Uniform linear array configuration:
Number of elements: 64
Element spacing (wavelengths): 1
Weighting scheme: cosine
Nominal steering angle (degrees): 30
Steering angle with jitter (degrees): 30.272
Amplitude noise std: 0.05
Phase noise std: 0.05

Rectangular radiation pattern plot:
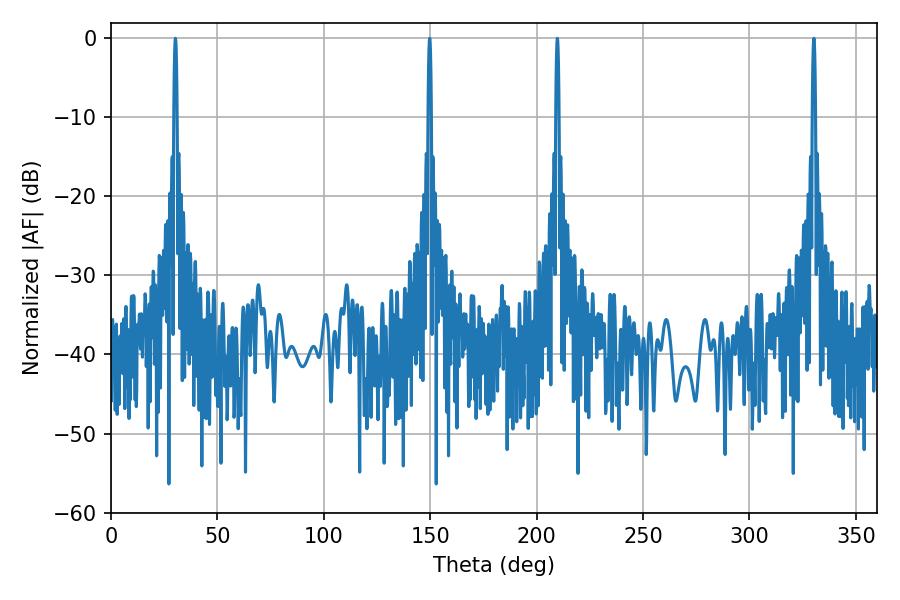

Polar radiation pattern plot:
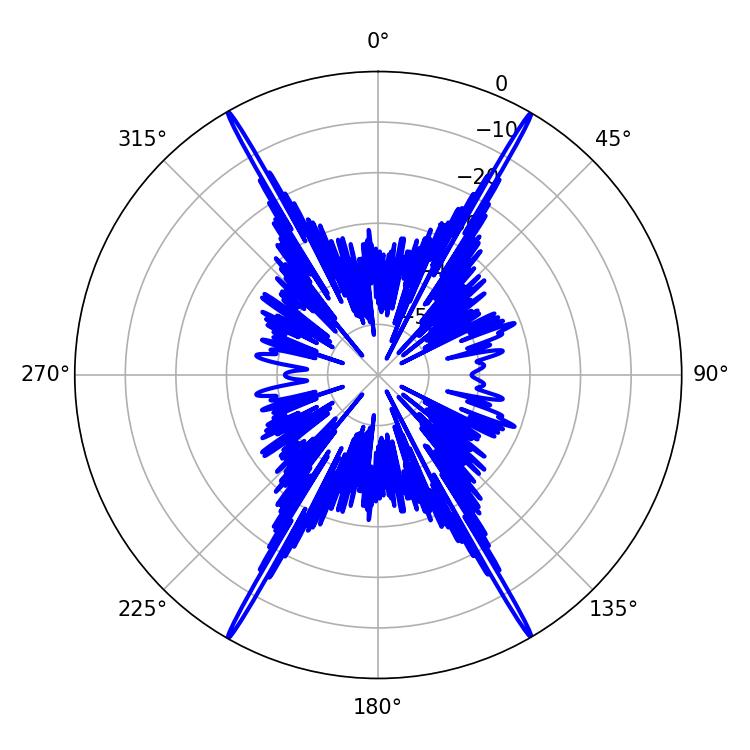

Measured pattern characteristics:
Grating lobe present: TRUE
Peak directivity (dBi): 36.647
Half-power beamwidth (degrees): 0.72
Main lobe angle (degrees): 149.76